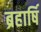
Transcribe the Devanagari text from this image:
ब्रहार्षि